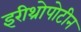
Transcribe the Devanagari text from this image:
इरीथ्रोपोटीन